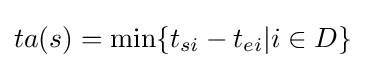
ta(s)=\min\{t_{si}-t_{ei}|i\in D\}